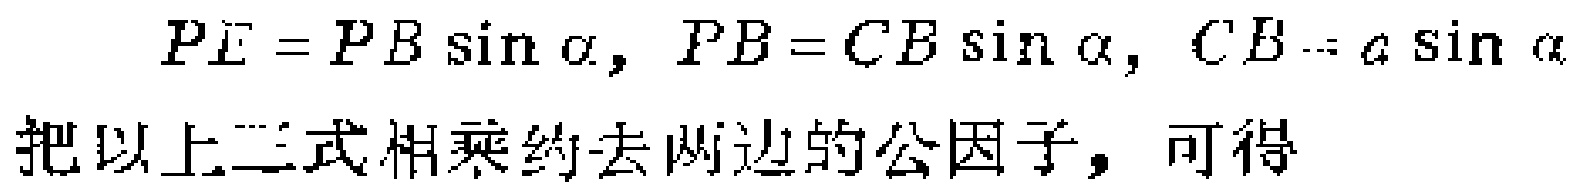
\[
PE = PB\sin\alpha,\ PB = CB\sin\alpha,\ CB = a\sin\alpha
\]
把以上三式相乘约去两边的公因子，可得